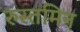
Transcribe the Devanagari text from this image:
रुस्तमिन